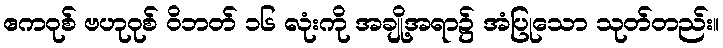
ဧကဝုစ် ဗဟုဝုစ် ဝိဘတ် ၁၆ လုံးကို အချို့အရာ၌ အံပြုသော သုတ်တည်း။